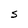
Character: S